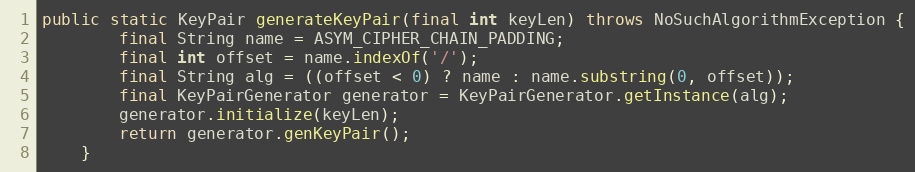
Language: Java
public static KeyPair generateKeyPair(final int keyLen) throws NoSuchAlgorithmException {
		final String name = ASYM_CIPHER_CHAIN_PADDING;
		final int offset = name.indexOf('/');
		final String alg = ((offset < 0) ? name : name.substring(0, offset));
		final KeyPairGenerator generator = KeyPairGenerator.getInstance(alg);
		generator.initialize(keyLen);
		return generator.genKeyPair();
	}